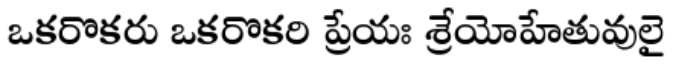
ఒకరొకరు ఒకరొకరి ప్రేయః శ్రేయోహేతువులై